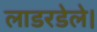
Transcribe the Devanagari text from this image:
लाडरडेले।